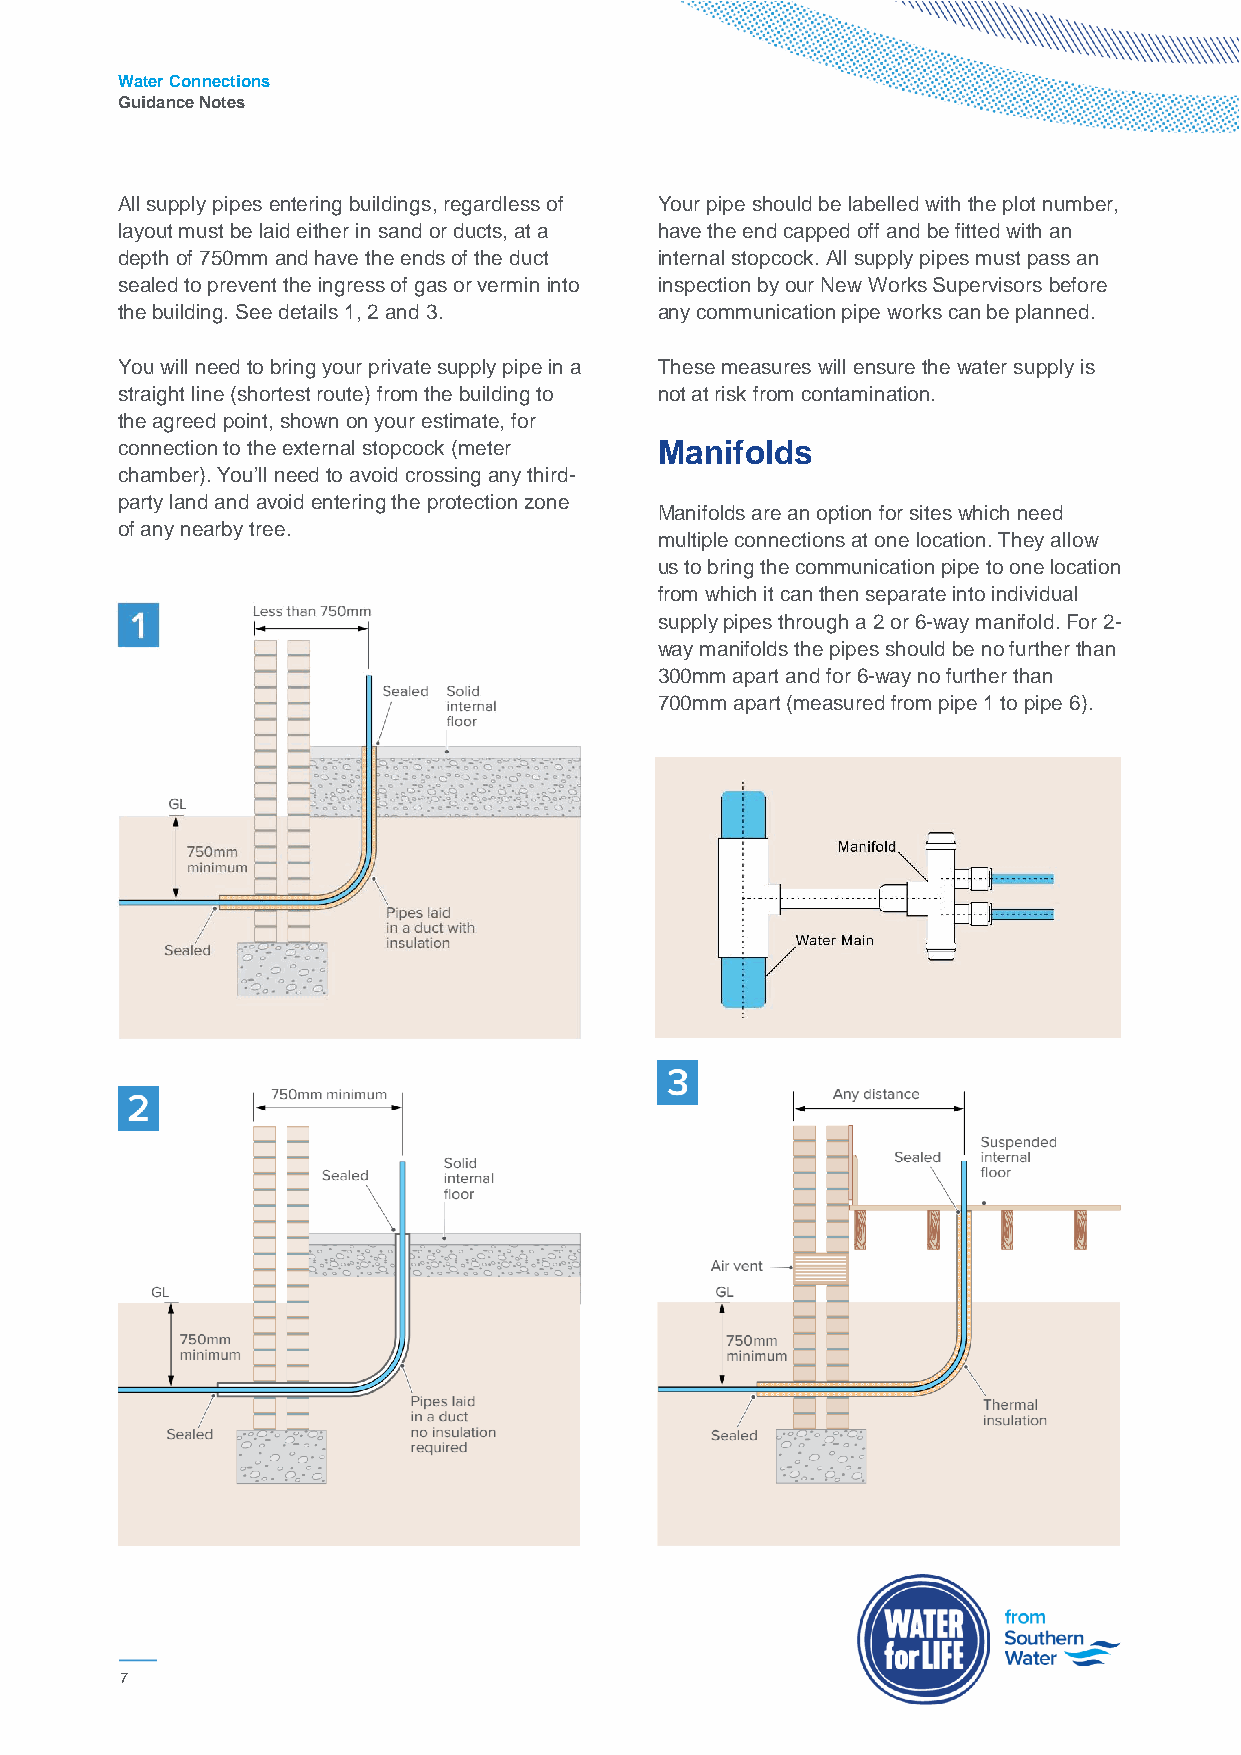
Water Connections
 Guidance Notes
 All supply pipes entering buildings, regardless of Your pipe should be labelled with the plot number,
 layout must be laid either in sand or ducts, at a have the end capped off and be fitted with an
 depth of 750mm and have the ends of the duct internal stopcock. All supply pipes must pass an
 sealed to prevent the ingress of gas or vermin into inspection by our New Works Supervisors before
 the building. See details 1, 2 and 3. any communication pipe works can be planned.
 You will need to bring your private supply pipe in a These measures will ensure the water supply is
 straight line (shortest route) from the building to not at risk from contamination.
 the agreed point, shown on your estimate, for
 connection to the external stopcock (meter Manifolds
 chamber). You’ll need to avoid crossing any third-
 party land and avoid entering the protection zone
 Manifolds are an option for sites which need
 of any nearby tree.
 multiple connections at one location. They allow
 us to bring the communication pipe to one location
 from which it can then separate into individual
 supply pipes through a 2 or 6-way manifold. For 2-
 way manifolds the pipes should be no further than
 300mm apart and for 6-way no further than
 700mm apart (measured from pipe 1 to pipe 6).
 7